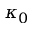
\kappa _ { 0 }